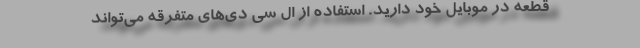
قطعه در موبایل خود دارید. استفاده از ال سی دی‌های متفرقه می‌تواند